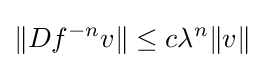
\|Df^{-n}v\|\leq c\lambda ^{n}\|v\|